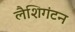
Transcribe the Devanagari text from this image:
लैशिगंटन